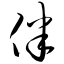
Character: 伴